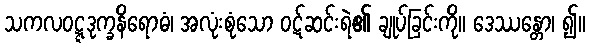
သကလဝဋ္ဋဒုက္ခနိရောဓံ၊ အလုံးစုံသော ဝဋ်ဆင်းရဲ၏ ချုပ်ခြင်းကို။ ဒေဿန္တော၊ ၍။